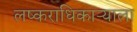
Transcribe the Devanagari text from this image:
लष्कराधिकाऱ्याला